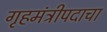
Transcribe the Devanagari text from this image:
गृहमंत्रीपदाचा